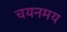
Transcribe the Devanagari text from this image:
चयनमय